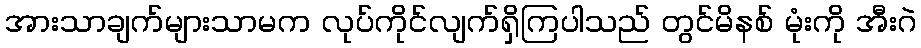
အားသာချက်များသာမက လုပ်ကိုင်လျက်ရှိကြပါသည် တွင်မိနစ် မုံးကို အီးဂဲ